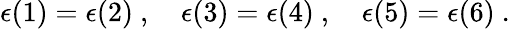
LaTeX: \epsilon(1)=\epsilon(2)~,~~~~\epsilon(3)=\epsilon(4)~,~~~~\epsilon(5)=\epsilon(6)~.